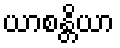
ယာစန္တိယာ